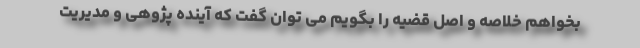
بخواهم خلاصه و اصل قضیه را بگویم می توان گفت که آینده پژوهی و مدیریت